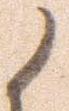
候